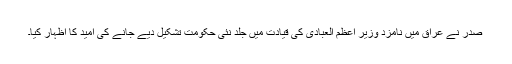
صدر نے عراق میں نامزد وزیر اعظم العبادی کی قیادت میں جلد نئی حکومت تشکیل دیے جانے کی امید کا اظہار کیا۔